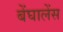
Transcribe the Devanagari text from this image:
बेंघालेंस